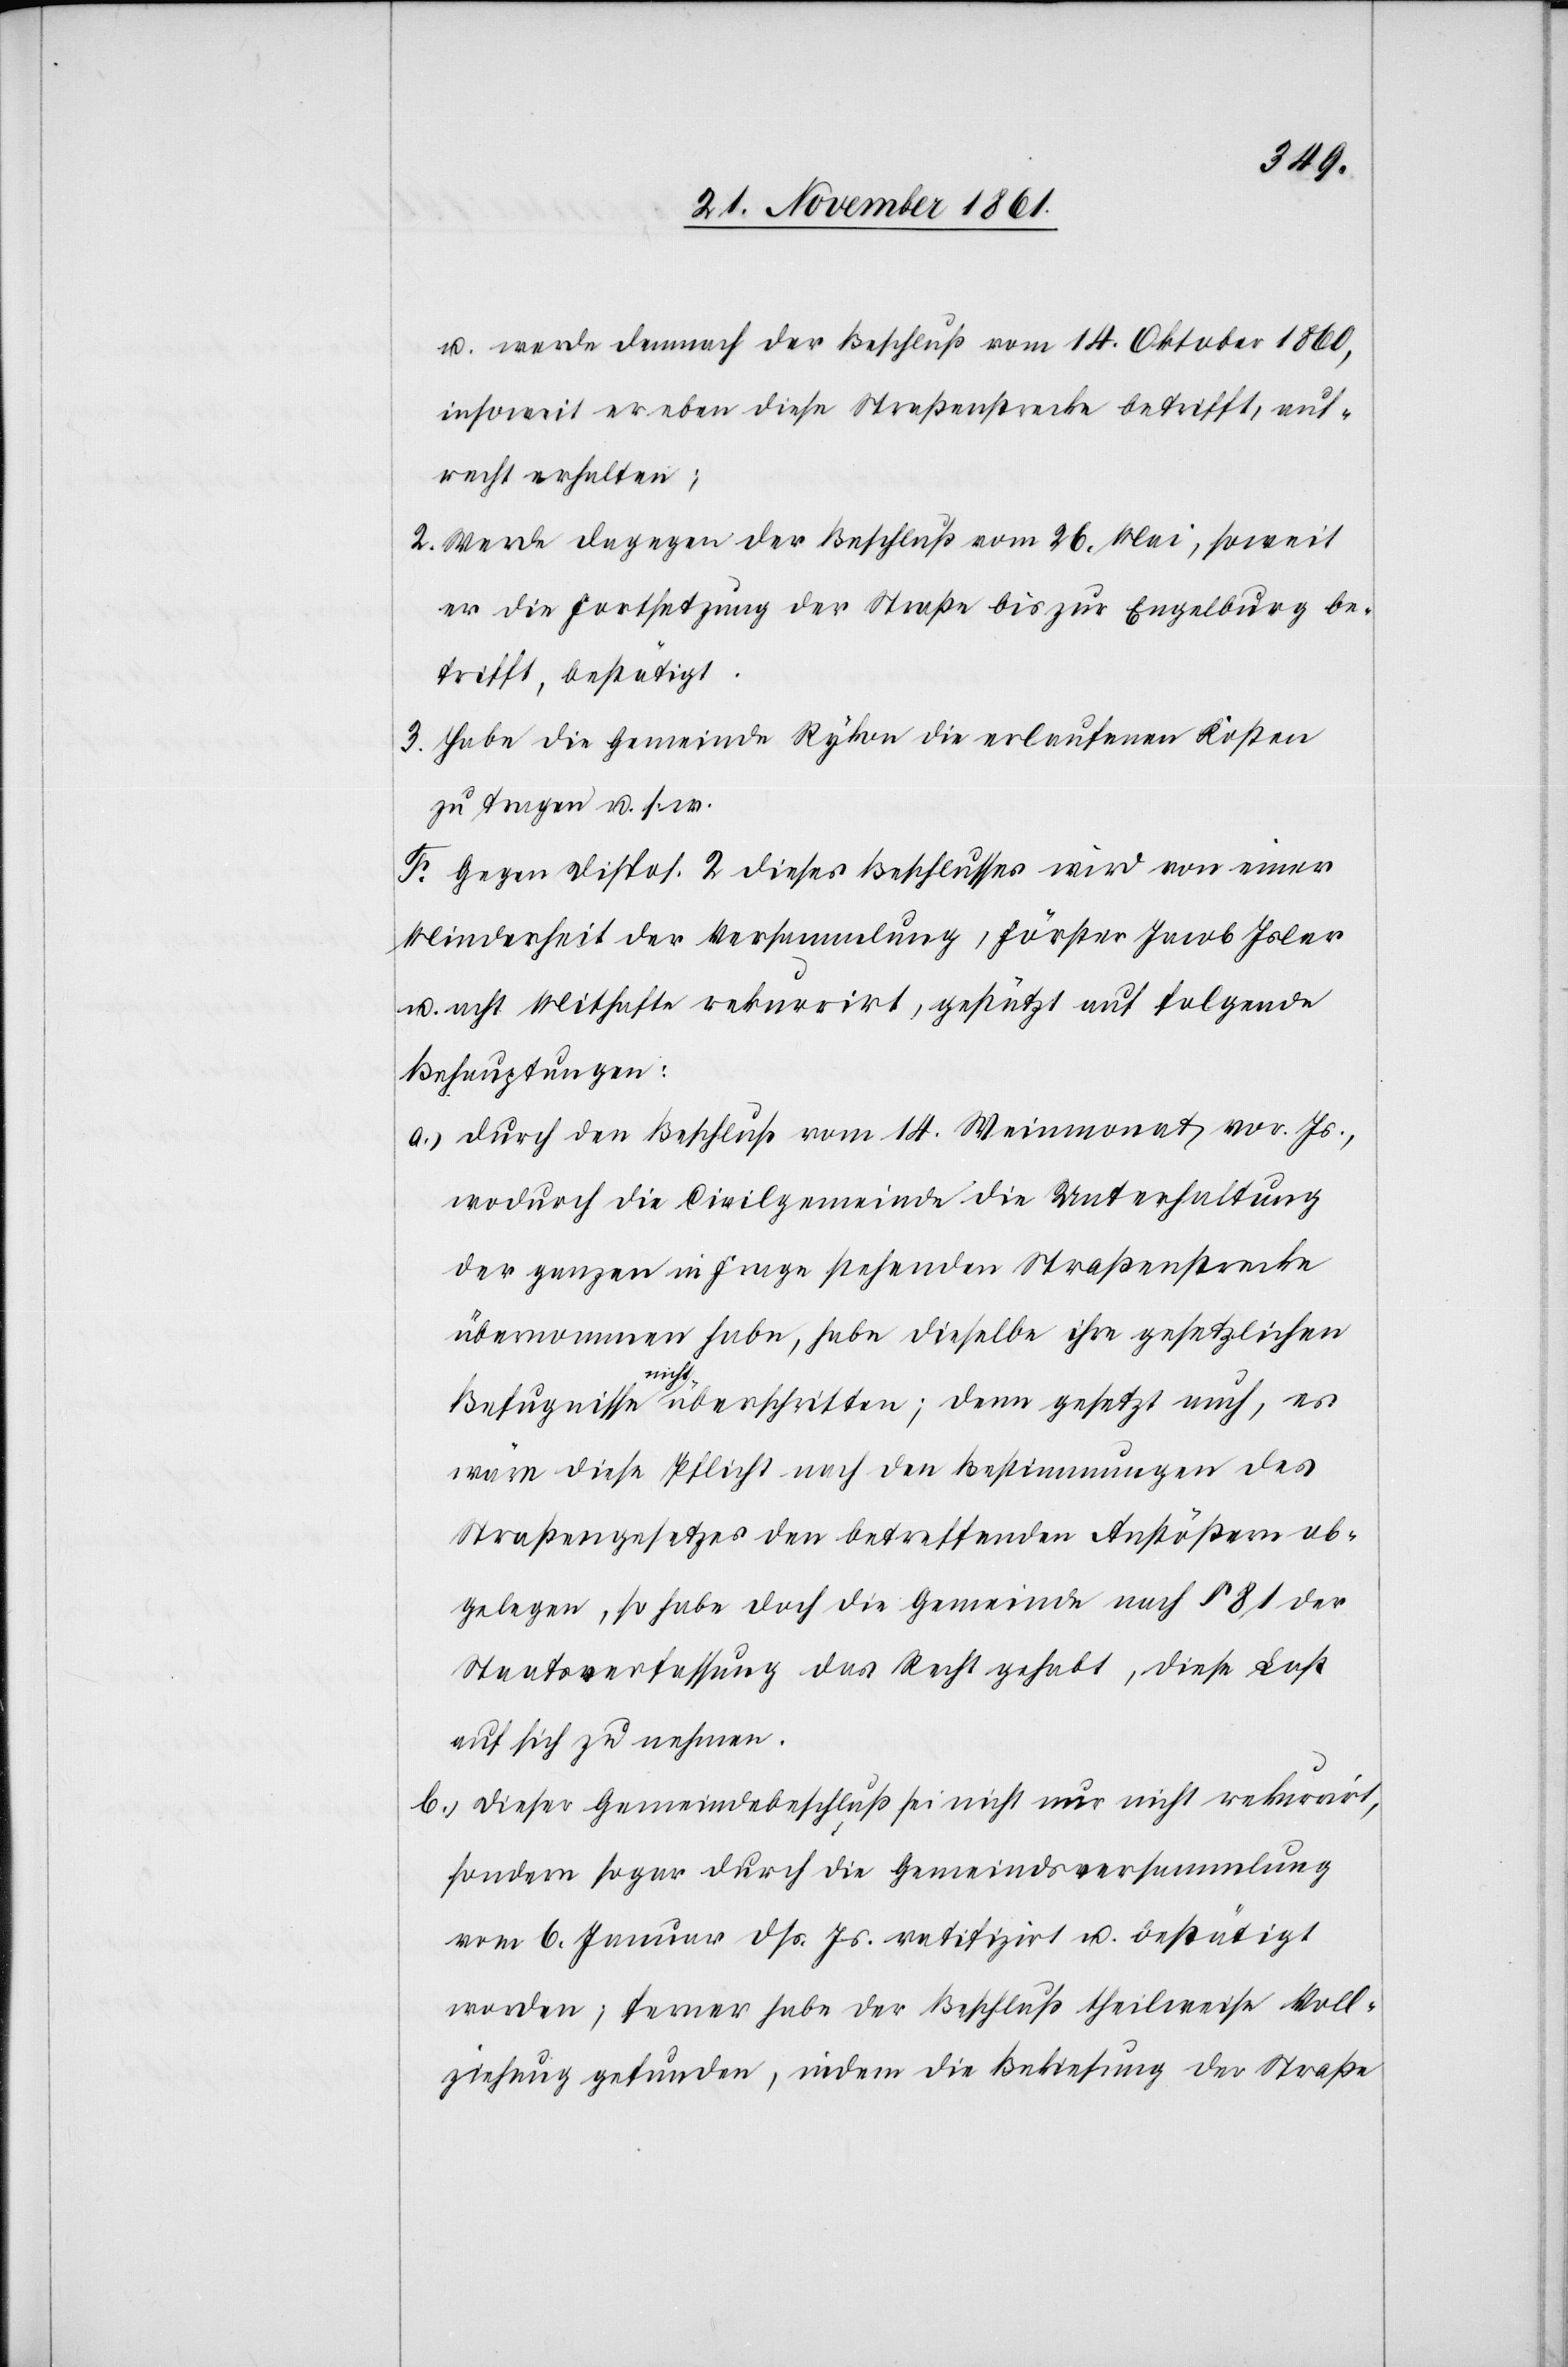
u. werde demnach der Beschluß vom 14 Oktober 1860,
insoweit er eben diese Straßenstrecke betrifft, auf¬
recht erhalten;
2. Werde dagegen der Beschluß vom 26 Mai, soweit
er die Fortsetzung der Straße bis zur Engelburg be¬
trifft, bestätigt.
3. Habe die Gemeinde Rykon die erlaufenen Kosten
zu tragen u. s. w.
F. Gegen Dispos. 2 dieses Beschlusses wird von einer
Minderheit der Versammlung, Förster Jacob Isler
u. acht Mithafte rekurrirt, gestützt auf folgende
Behauptungen:
a.) Durch den Beschluß vom 14 Weinmonat vor. Js.,
wodurch die Civilgemeinde die Unterhaltung
der ganzen in Frage stehenden Straßenstrecke
übernommen habe, habe dieselbe ihre gesetzlichen
Befugnisse nicht überschritten; denn gesetzt auch, es
wäre diese Pflicht nach den Bestimmungen des
Straßengesetzes den betreffenden Anstößern ob¬
gelegen, so habe doch die Gemeinde nach § 81 der
Staatsverfassung das Recht gehabt, diese Last
auf sich zu nehmen.
b.) Dieser Gemeindsbeschluß sei nicht nur nicht rekurrirt,
sondern sogar durch die Gemeindsversammlung
vom 6 Januar dß. Js. ratifizirt u. bestätigt
worden, ferner habe der Beschluß theilweise Voll¬
ziehung gefunden, indem die Bekiesung der Straße